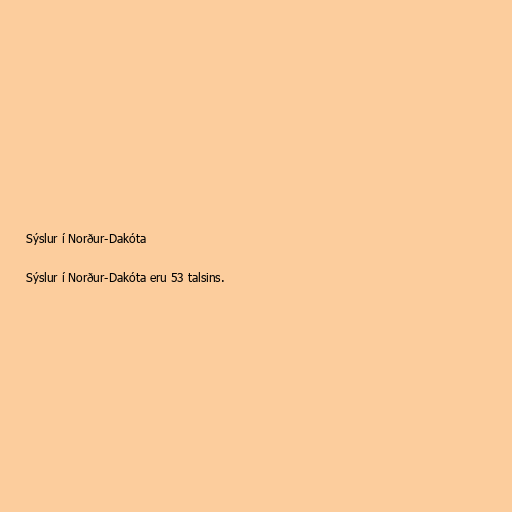
Sýslur í Norður-Dakóta

Sýslur í Norður-Dakóta eru 53 talsins.